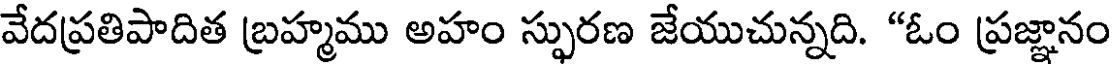
వేదప్రతిపాదిత బ్రహ్మము అహం స్ఫురణ జేయుచున్నది. "ఓం ప్రజ్ఞానం